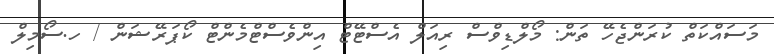
މަސައްކަތް ކުރަންޖެހޭ ތަން: މޯލްޑިވްސް ރިއަލް އެސްޓޭޓް އިންވެސްޓްމެންޓް ކޯޕަރޭޝަން / ހ.ސޯމިލް